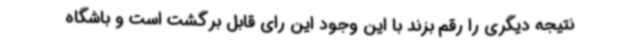
نتیجه دیگری را رقم بزند با این وجود این رای قابل برگشت است و باشگاه